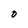
Character: O